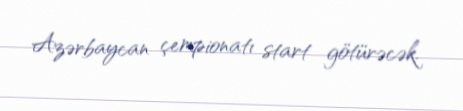
Azərbaycan çempionatı start götürəcək.